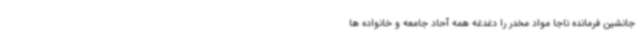
جانشین فرمانده ناجا مواد مخدر را دغدغه همه آحاد جامعه و خانواده ها